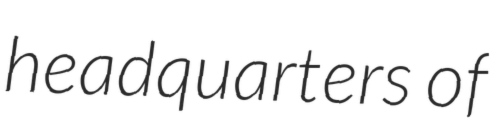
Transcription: headquarters of